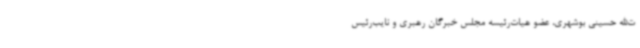
ت‌الله حسینی بوشهری، عضو هیات‌رئیسه مجلس خبرگان رهبری و نایب‌رئیس